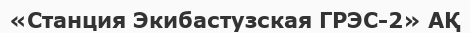
«Станция Экибастузская ГРЭС-2» АҚ